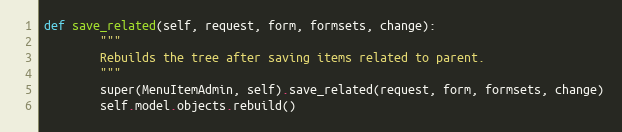
Language: Python
def save_related(self, request, form, formsets, change):
        """
        Rebuilds the tree after saving items related to parent.
        """
        super(MenuItemAdmin, self).save_related(request, form, formsets, change)
        self.model.objects.rebuild()